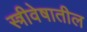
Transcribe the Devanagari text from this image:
स्त्रीवेषातील